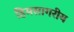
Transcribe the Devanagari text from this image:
हिमसागरीय